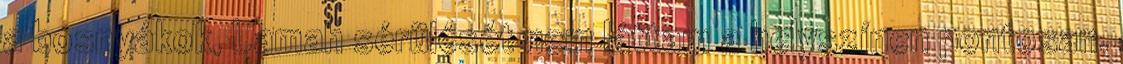
a bosnyákok, Lamah sérülését nem láttam a helyszínen pontosan.